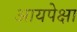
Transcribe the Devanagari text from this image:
आयपेक्षा